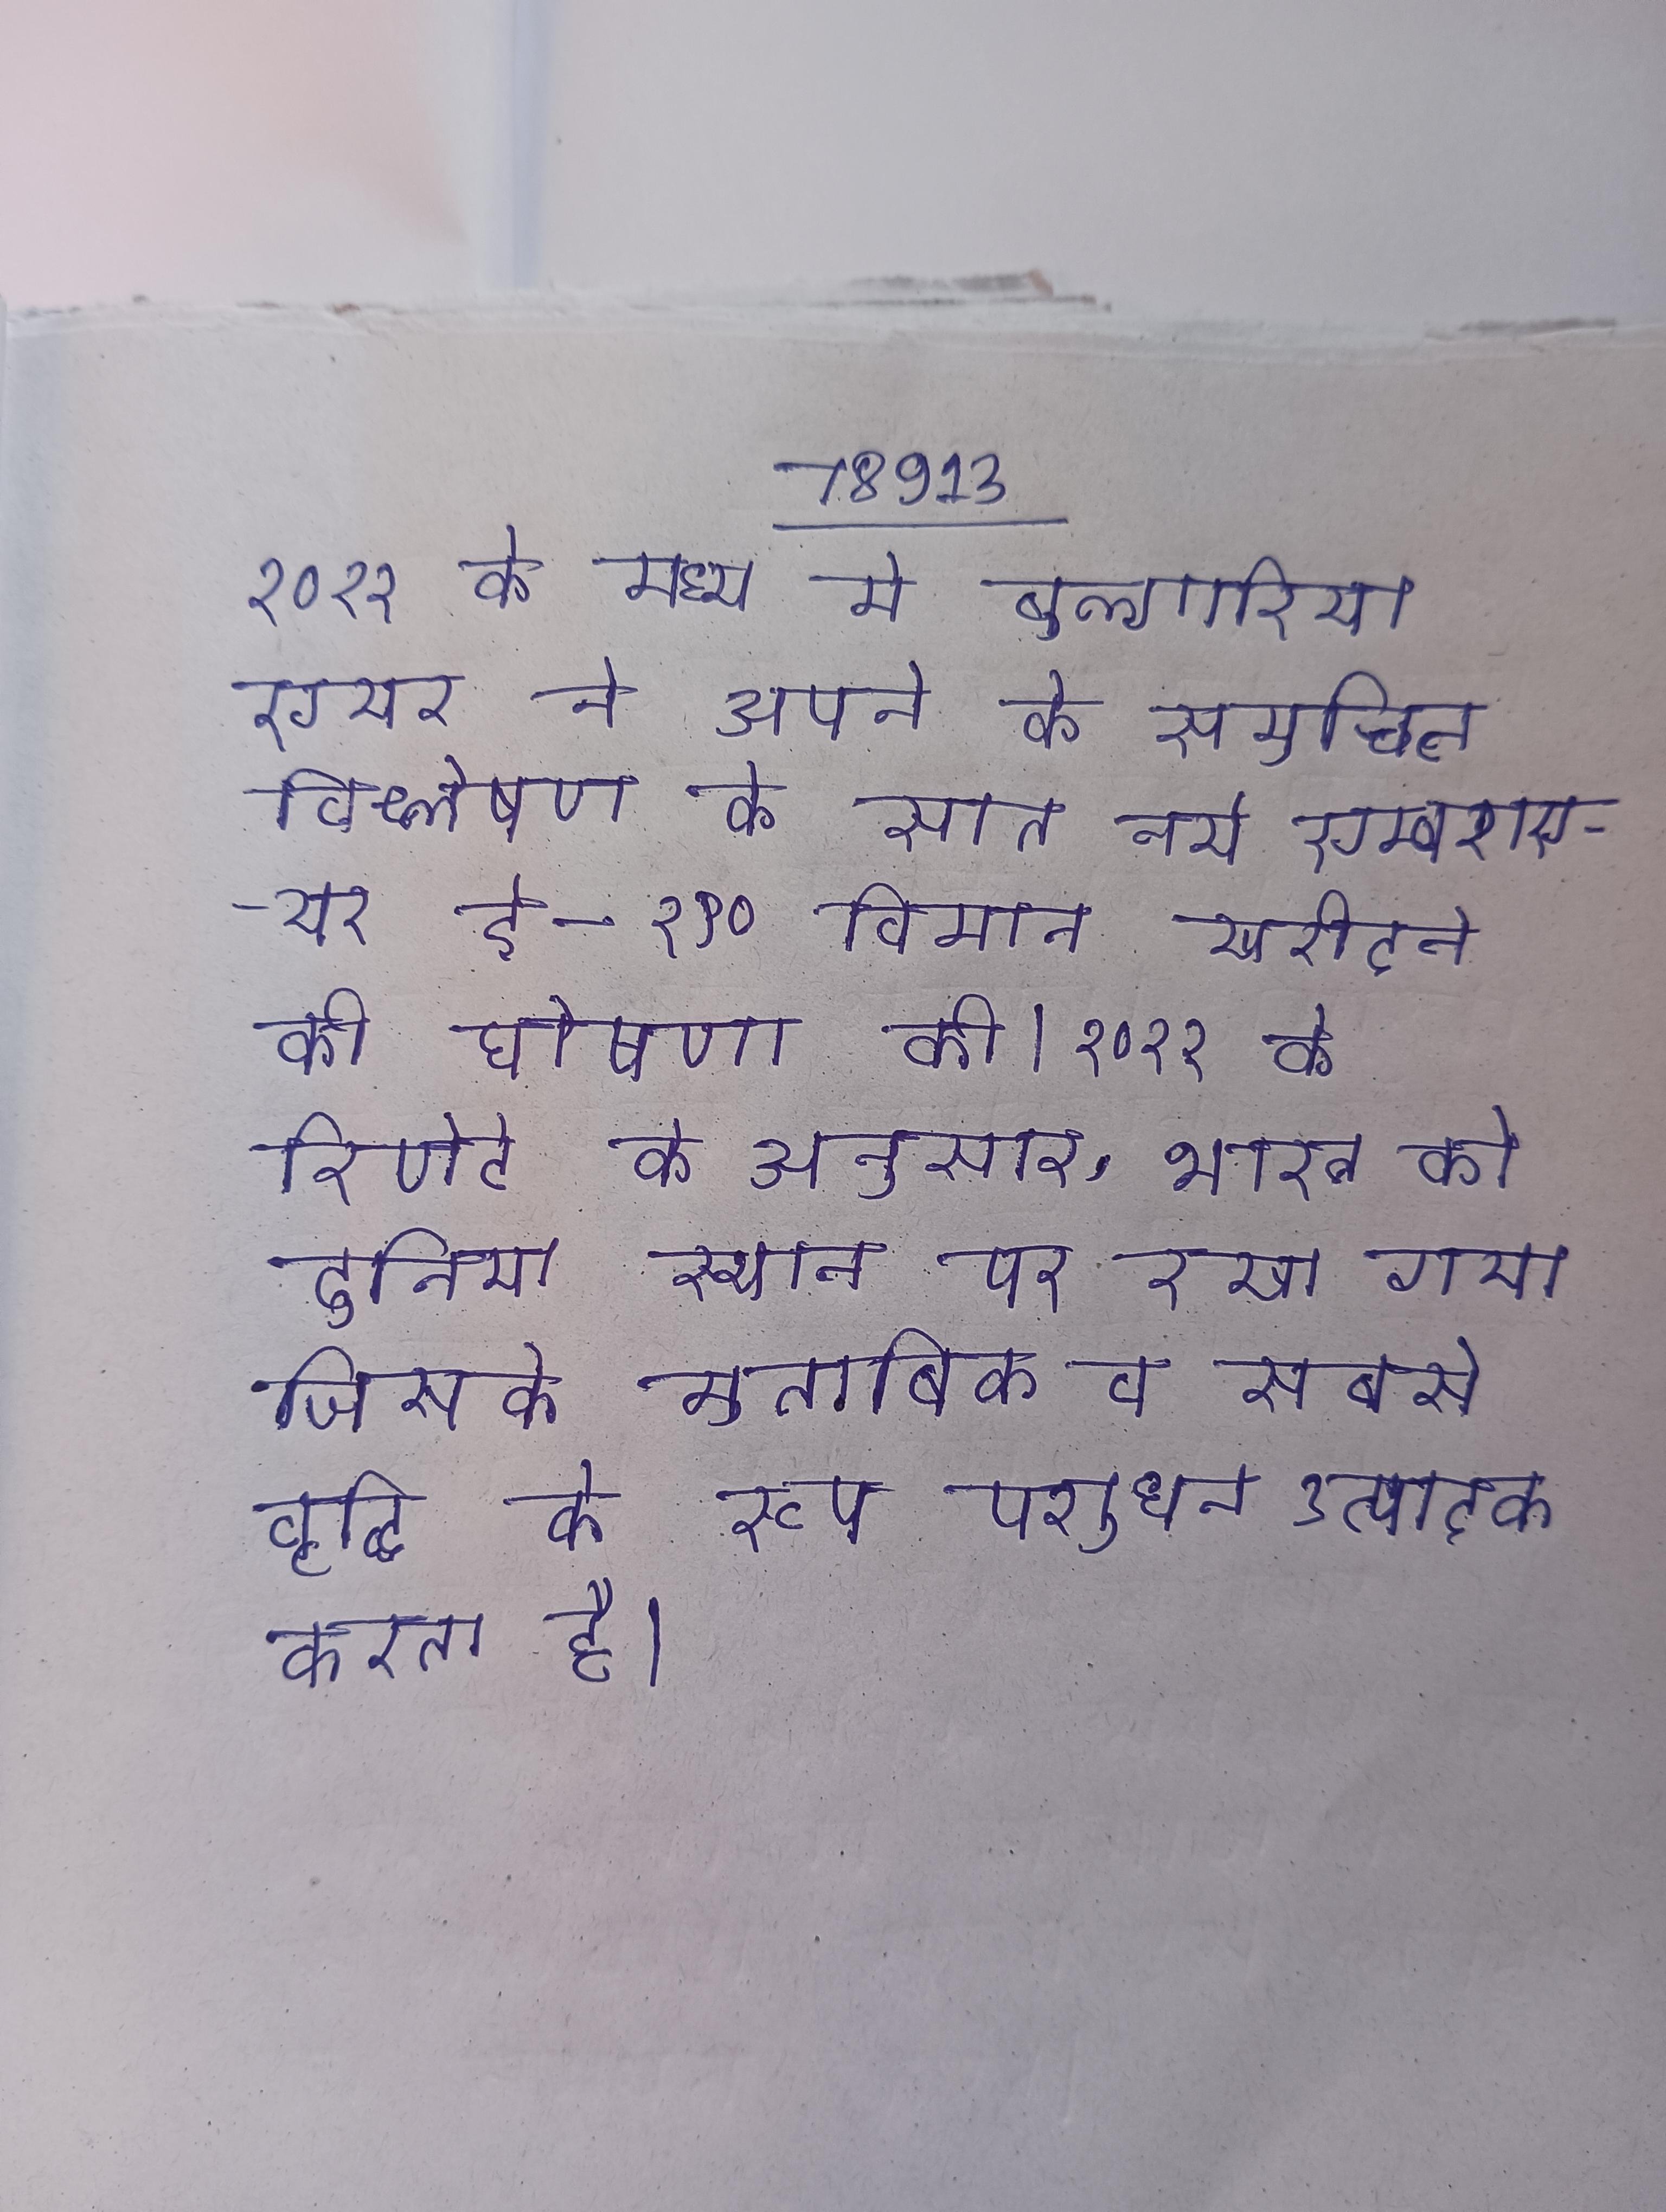
२०११ के मध्य मे बुल्गारिया एयर ने अपने के समुचित विश्लेषण के सात नये एम्बराएयर ई-१९० विमान खरीदने की घोषणा की । २०११ के रिपोर्ट के अनुसार, भारत को दुनिया स्थान पर रखा गया जिसके मुताबिक व सबसे वृद्धि के रूप पशुधन उत्पादक करता है ।